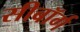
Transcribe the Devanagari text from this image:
सीबॉर्ग